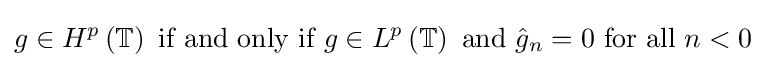
g\in H^{p}\left(\mathbb {T} \right){\text{ if and only if }}g\in L^{p}\left(\mathbb {T} \right){\text{ and }}{\hat {g}}_{n}=0{\text{ for all }}n<0